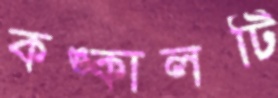
কঙ্কালটি